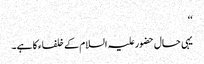
‘‘
یہی حال حضورعلیہ السلام کے خلفاء کا ہے۔